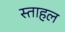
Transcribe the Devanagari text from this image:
स्ताहल